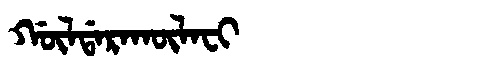
Manchu: ᡤᡡᠯᡩᠠᡵᠠᡴᡡᠯᠠᠸᡳ
Romanization: GŪLDARAKŪLAFI